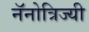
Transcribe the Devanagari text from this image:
नॅनोत्रिज्यी